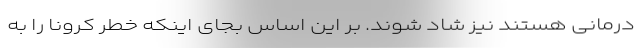
درمانی هستند نیز شاد شوند. بر این اساس بجای اینکه خطر کرونا را به